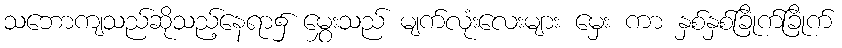
သဘောကျသည်ဆိုသည့်နေရာ၌ မွှေးသည် မျက်လုံးလေးများ မှေး ကာ နှစ်နှစ်ခြိုက်ခြိုက်